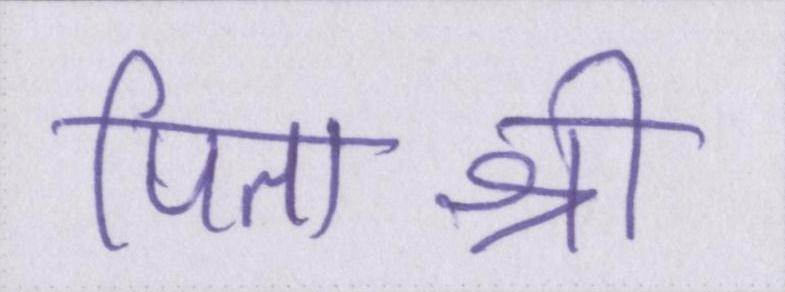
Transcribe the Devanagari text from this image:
पिताश्री